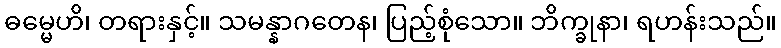
ဓမ္မေဟိ၊ တရားနှင့်။ သမန္နာဂတေန၊ ပြည့်စုံသော။ ဘိက္ခုနာ၊ ရဟန်းသည်။